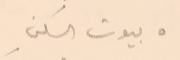
● بيوت السكن